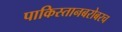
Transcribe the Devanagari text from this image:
पाकिस्तानबरोबरच